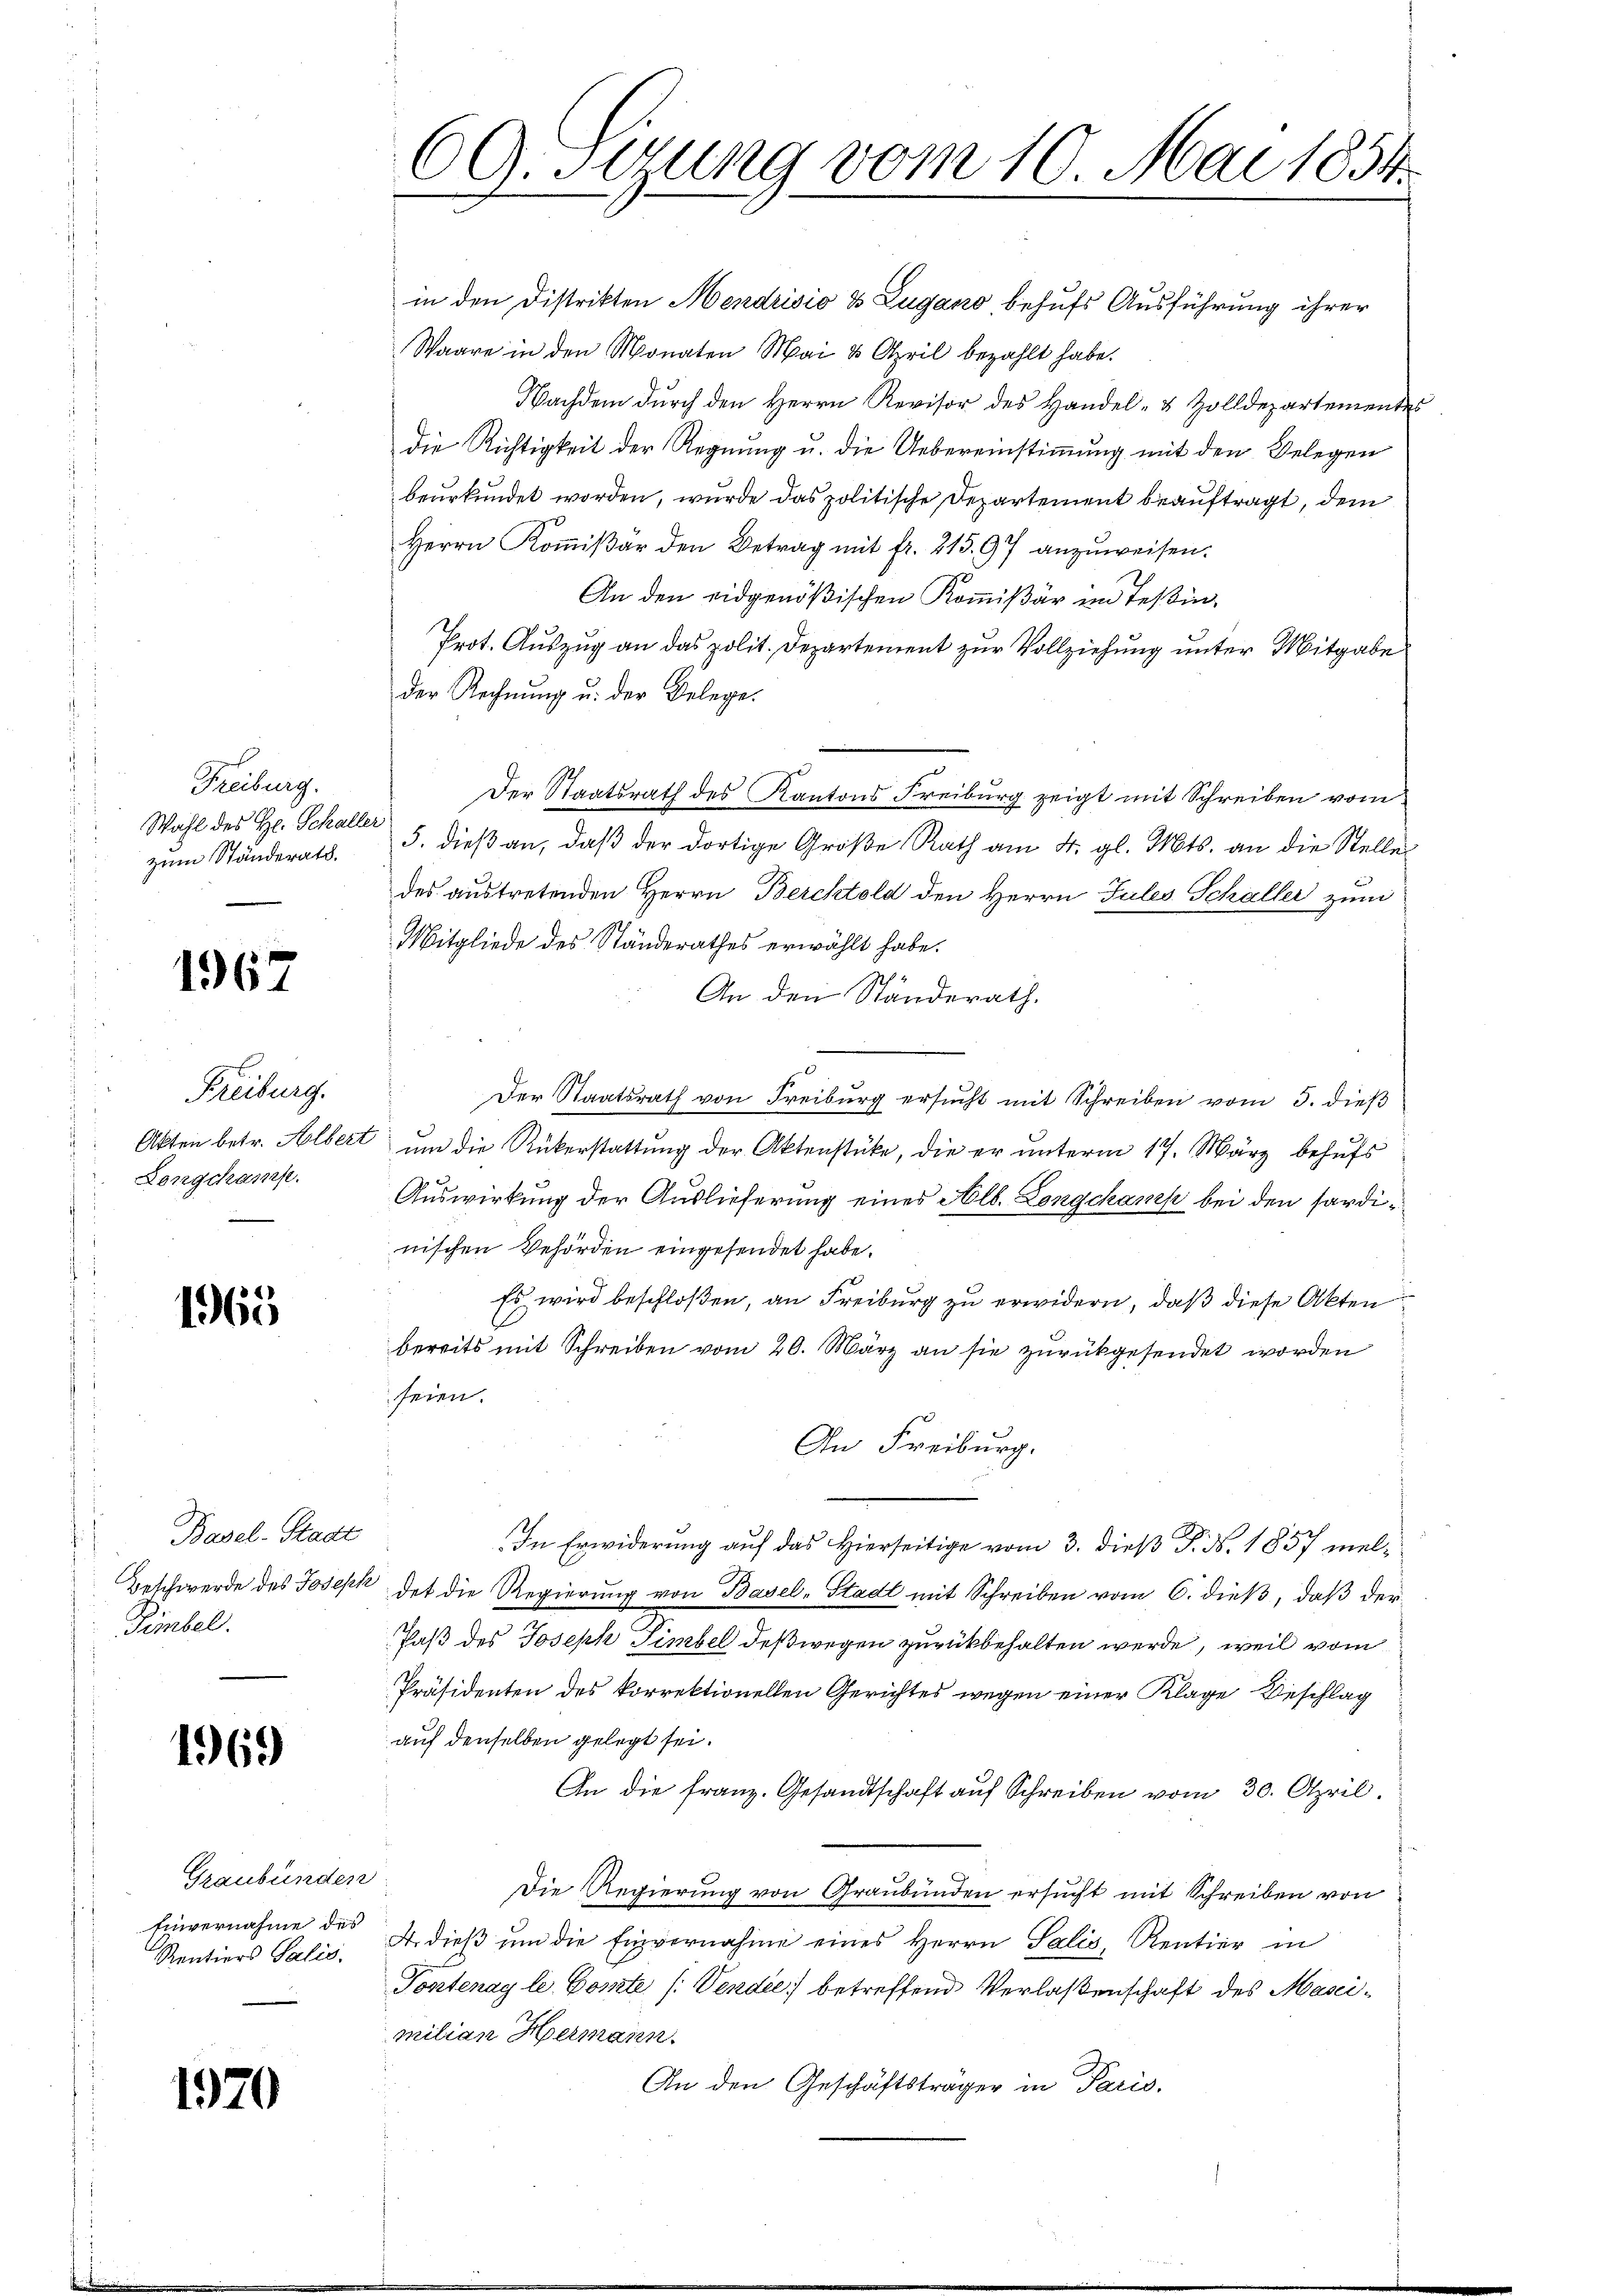
Freiburg.
Wahl des H. Schalle.
zum Ständerats.

1967

Freiburg.
Akten betr. Alber
Longchamfe.

1965

Basel-Stadt
Beschwerde des Joseph
Timbel.

1969

Graubünden
Einvernahme des
Rentiers Salis.

1970

60stung vom 10. Mai 1854.

in den Distrikten Mendrisio & Zugano behufs Ausführung ihrer
Waare in den Monaten Mai & April bezahlt habe.
Nachdem durch den Herrn Revisor des Handel- & Zolldepartementes
die Richtigkeit der Regnung u. die Uebereinstimmung mit den Belegen
beurkundet worden, wurde das politische Departement beauftragt, dem
Herrn Koṁiβar den Betrag mit fr. 215. 97 anzŭweisen.
An den eidgenößischen Kommißär im Teßin,
Prot. Auszug an das polit. Departement zur Vollziehung unter Mitgabe
der Rechnung u. der Belege.
Der Staatsrath des Kantons Freiburg zeigt mit Schreiben vom
5. dieß an, daß der dortige Große Rath am 4. gl. Mts. an die Stelle
des austretenden Herrn Berchtold den Herrn Jules Schaller zum
Mitgliede des Ständerathes erwählt habe.
An den Ständerath.
Der Staatsrath von Freiburg ersucht mit Schreiben vom 3. dieß
um die Rükerstattung der Aktenstücke, die er unterm 17. März behufs
2
Auswirkung der Auslieferung eines Alb. Longchamp bei den fardinischen Behörden eingesendet habe.
Es wird beschloßen, an Freiburg zu erwidern, daß diese Akten
bereits mit Schreiben vom 20. März an sie zurückgesendet worden
seien.
An Freiburg.
In Erwiderung auf das Hierseitige vom 3. dieß P. Nr. 1857 meldet die Regierung von Basel-Stadt mit Schreiben vom 6. dieß, daß der
Paß des Joseph Simbel deßwegen zurückbehalten werde, weil vom
Präsidenten des korrektionellen Gerichtes wegen einer Klage Beschlag
auf denselben gelegt sei.
An die franz. Gesandtschaft auf Schreiben vom 30. April.
Die Regierung von Graubünden ersucht mit Schreiben von
A. dieß um die Einvernahme eines Herrn Salis, Rentier in
Pontenag le Comte (: Vendie) betreffend Verlaßenschaft des Mascimilian Hermann.
An den Geschäftsträger in Paris.